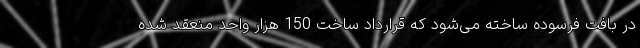
در بافت فرسوده ساخته می‌شود که قرارداد ساخت 150 هزار واحد منعقد شده